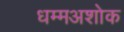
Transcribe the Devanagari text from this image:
धम्मअशोक